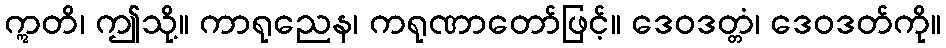
ဣတိ၊ ဤသို့။ ကာရုညေန၊ ကရုဏာတော်ဖြင့်။ ဒေဝဒတ္တံ၊ ဒေဝဒတ်ကို။